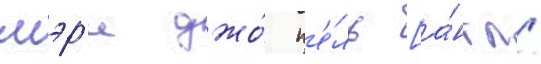
мэр'и джо́ п'е́ль [а́нгл.